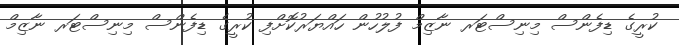
ކުރީގެ ޑިފެންސް މިނިސްޓަރ ނާޒިމް ފުލުހުން ހައްޔަރުކޮށްފި ކުރީގެ ޑިފެންސް މިނިސްޓަރ ނާޒިމް